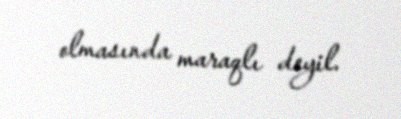
olmasında maraqlı deyil.